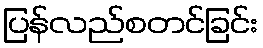
ပြန်လည်စတင်ခြင်း